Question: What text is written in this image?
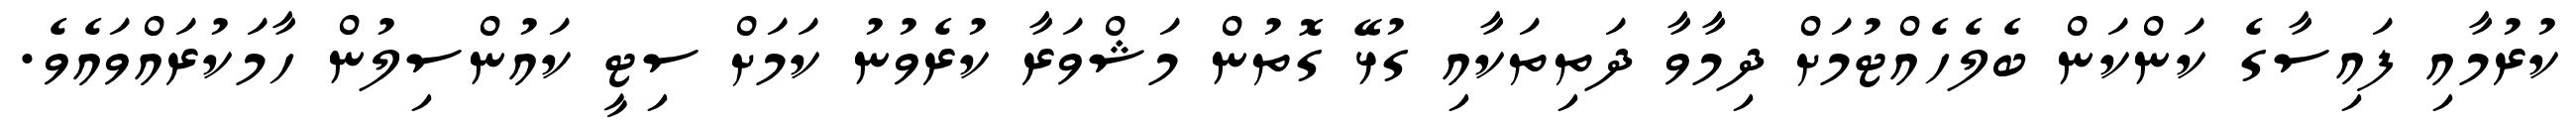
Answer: ކުރުމާއި ފައިސާގެ ކަންކަން ބެލެހެއްޓުމަށް ދިމާވާ ދަތިތަކާއި ގުޅޭ ގޮތުން މަޝްވަރާ ކުރެވުނު ކަމަށް ސިޓީ ކައުންސިލުން ހާމަކުރައްވައެވެ.